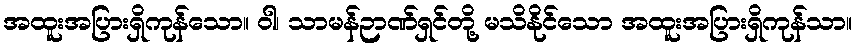
အထူးအပြားရှိကုန်သော။ ဝါ၊ သာမန်ဉာဏ်ရှင်တို့ မသိနိုင်သော အထူးအပြားရှိကုန်သာ။